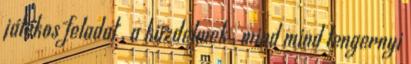
játékos feladat , a küzdelmek , mind mind tengernyi